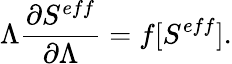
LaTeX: \Lambda\frac{\partial S^{eff}}{\partial\Lambda}=f[S^{eff}].